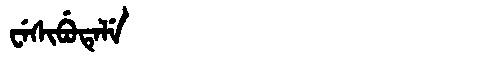
Manchu: ᠸᡝᠰᡳᠪᡠᡨᡝᠯᡝ
Romanization: WESIBUTELE